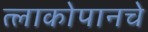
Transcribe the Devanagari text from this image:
त्लाकोपानचे